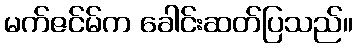
မက်ဇင်မ်က ခေါင်းဆတ်ပြသည်။